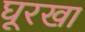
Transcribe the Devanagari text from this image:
घूरखा